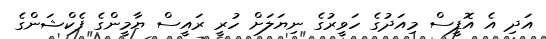
އަދި އެ އޮފީސް މިއަދުގެ ހަވީރުގެ ނިޔަލަށް ހުރީ ރައީސް ޔާމީންގެ ފެކްޝަންގެ